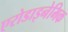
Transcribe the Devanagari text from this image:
एरोडाइनेमिक